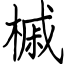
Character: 槭